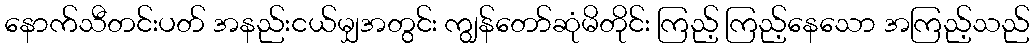
နောက်သီတင်းပတ် အနည်းငယ်မျှအတွင်း ကျွန်တော်ဆုံမိတိုင်း ကြည့် ကြည့်နေသော အကြည့်သည်